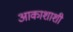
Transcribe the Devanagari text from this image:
आकाशाशी